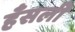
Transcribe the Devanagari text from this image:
हँसली